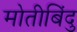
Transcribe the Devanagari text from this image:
मोतीबिंदु